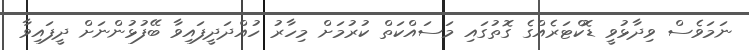
ނަމަވެސް ވިދާޅުވީ ޑޮކްޓަރެއްގެ ގޮތުގައި މަސައްކަތް ކުރުމަށް މިހާރު ހުއްދަދީފައިވާ ބޭފުޅުންނަށް ދީފައިވާ